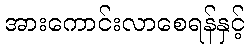
အားကောင်းလာစေရန်နှင့်